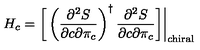
H _ { c } = \bigg [ \left( { \frac { \partial ^ { 2 } S } { \partial c \partial \pi _ { c } } } \right) ^ { \dagger } { \frac { \partial ^ { 2 } S } { \partial c \partial \pi _ { c } } } \bigg ] \bigg | _ { \mathrm { c h i r a l } }